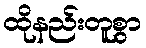
ထိုနည်းတူစွာ